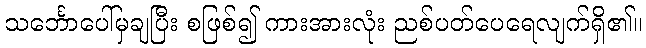
သင်္ဘောပေါ်မှချပြီး စဖြစ်၍ ကားအားလုံး ညစ်ပတ်ပေရေလျက်ရှိ၏။